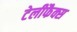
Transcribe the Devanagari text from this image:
टेलीफैक्स